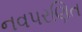
નવપરણિત